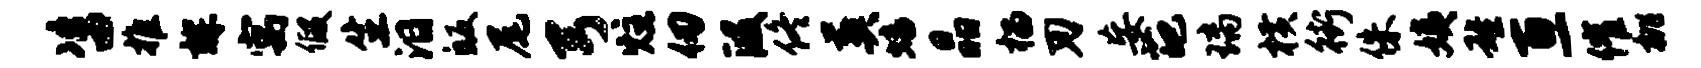
咨推辉寓假生泪皈尾弓炷仞段佟葬蟠晶榴刃妄葩璃横街侏姨雄亘催桃